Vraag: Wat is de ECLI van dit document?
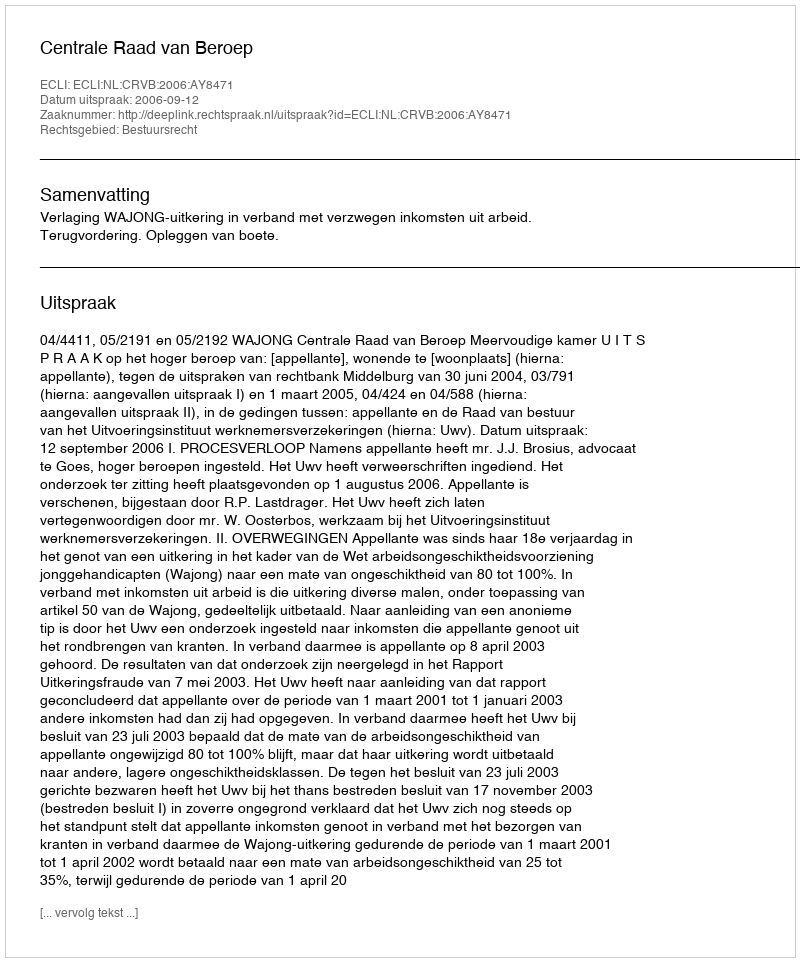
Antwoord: ECLI:NL:CRVB:2006:AY8471